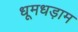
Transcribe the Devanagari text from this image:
धूमधड़ाम